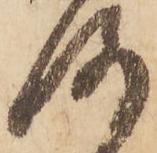
洛